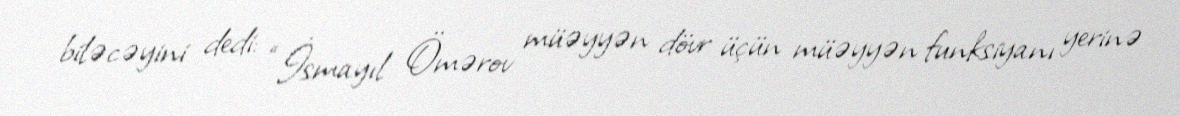
biləcəyini dedi: “İsmayıl Ömərov müəyyən dövr üçün müəyyən funksiyanı yerinə